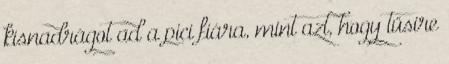
kisnadrágot ad a pici fiára, mint azt, hogy tüsire